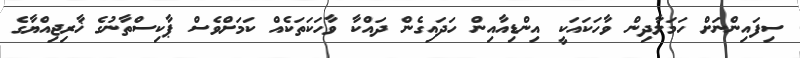
ސިފައިންނަށް ހަމަލާދިން ވާހަކައަކީ އިންޑިއާއިން ހަދައިގެން ދައްކާ ވާހަކަތަކެއް ކަމަށްވެސް ޕާކިސްތާނުގެ ޚާރިޖިއްޔާގެ